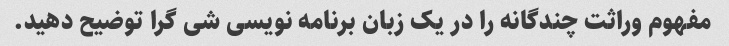
مفهوم وراثت چندگانه را در یک زبان برنامه نویسی شی گرا توضیح دهید.